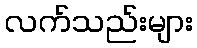
လက်သည်းများ